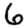
Digit: 6